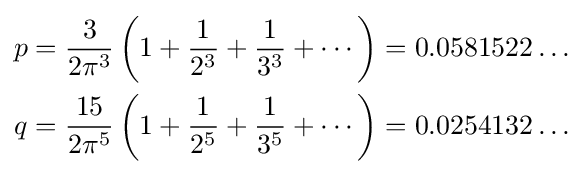
{\begin{aligned}p&={\frac {3}{2\pi ^{3}}}\left(1+{\frac {1}{2^{3}}}+{\frac {1}{3^{3}}}+\cdots \right)=0.0581522\ldots \\q&={\frac {15}{2\pi ^{5}}}\left(1+{\frac {1}{2^{5}}}+{\frac {1}{3^{5}}}+\cdots \right)=0.0254132\ldots \end{aligned}}